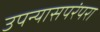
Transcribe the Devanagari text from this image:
उपन्यासपरंपरा